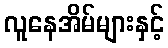
လူနေအိမ်များနှင့်